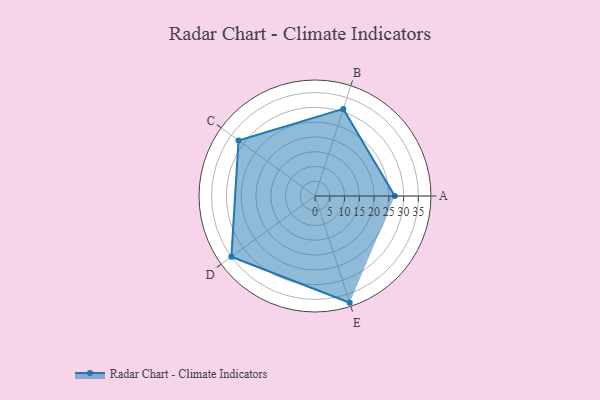
{"axis": {"x": "Skill", "y": "Score"}, "legend": ["Profile"], "data": [{"x": "A", "y": 27.0, "type": "Profile"}, {"x": "B", "y": 31.0, "type": "Profile"}, {"x": "C", "y": 32.0, "type": "Profile"}, {"x": "D", "y": 35.0, "type": "Profile"}, {"x": "E", "y": 38.0, "type": "Profile"}]}